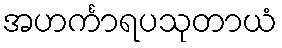
အဟင်္ကာရပသုတာယံ